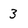
Character: 3